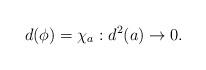
LaTeX: \begin{align*}d (\phi) = \chi_a: d^2 (a) \to 0.\end{align*}